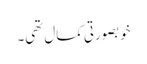
خوبصورتی کمال تھی۔